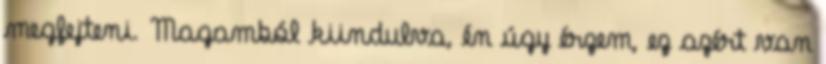
megfejteni. Magamból kiindulva, én úgy érzem, ez azért van